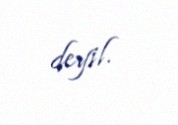
deyil.